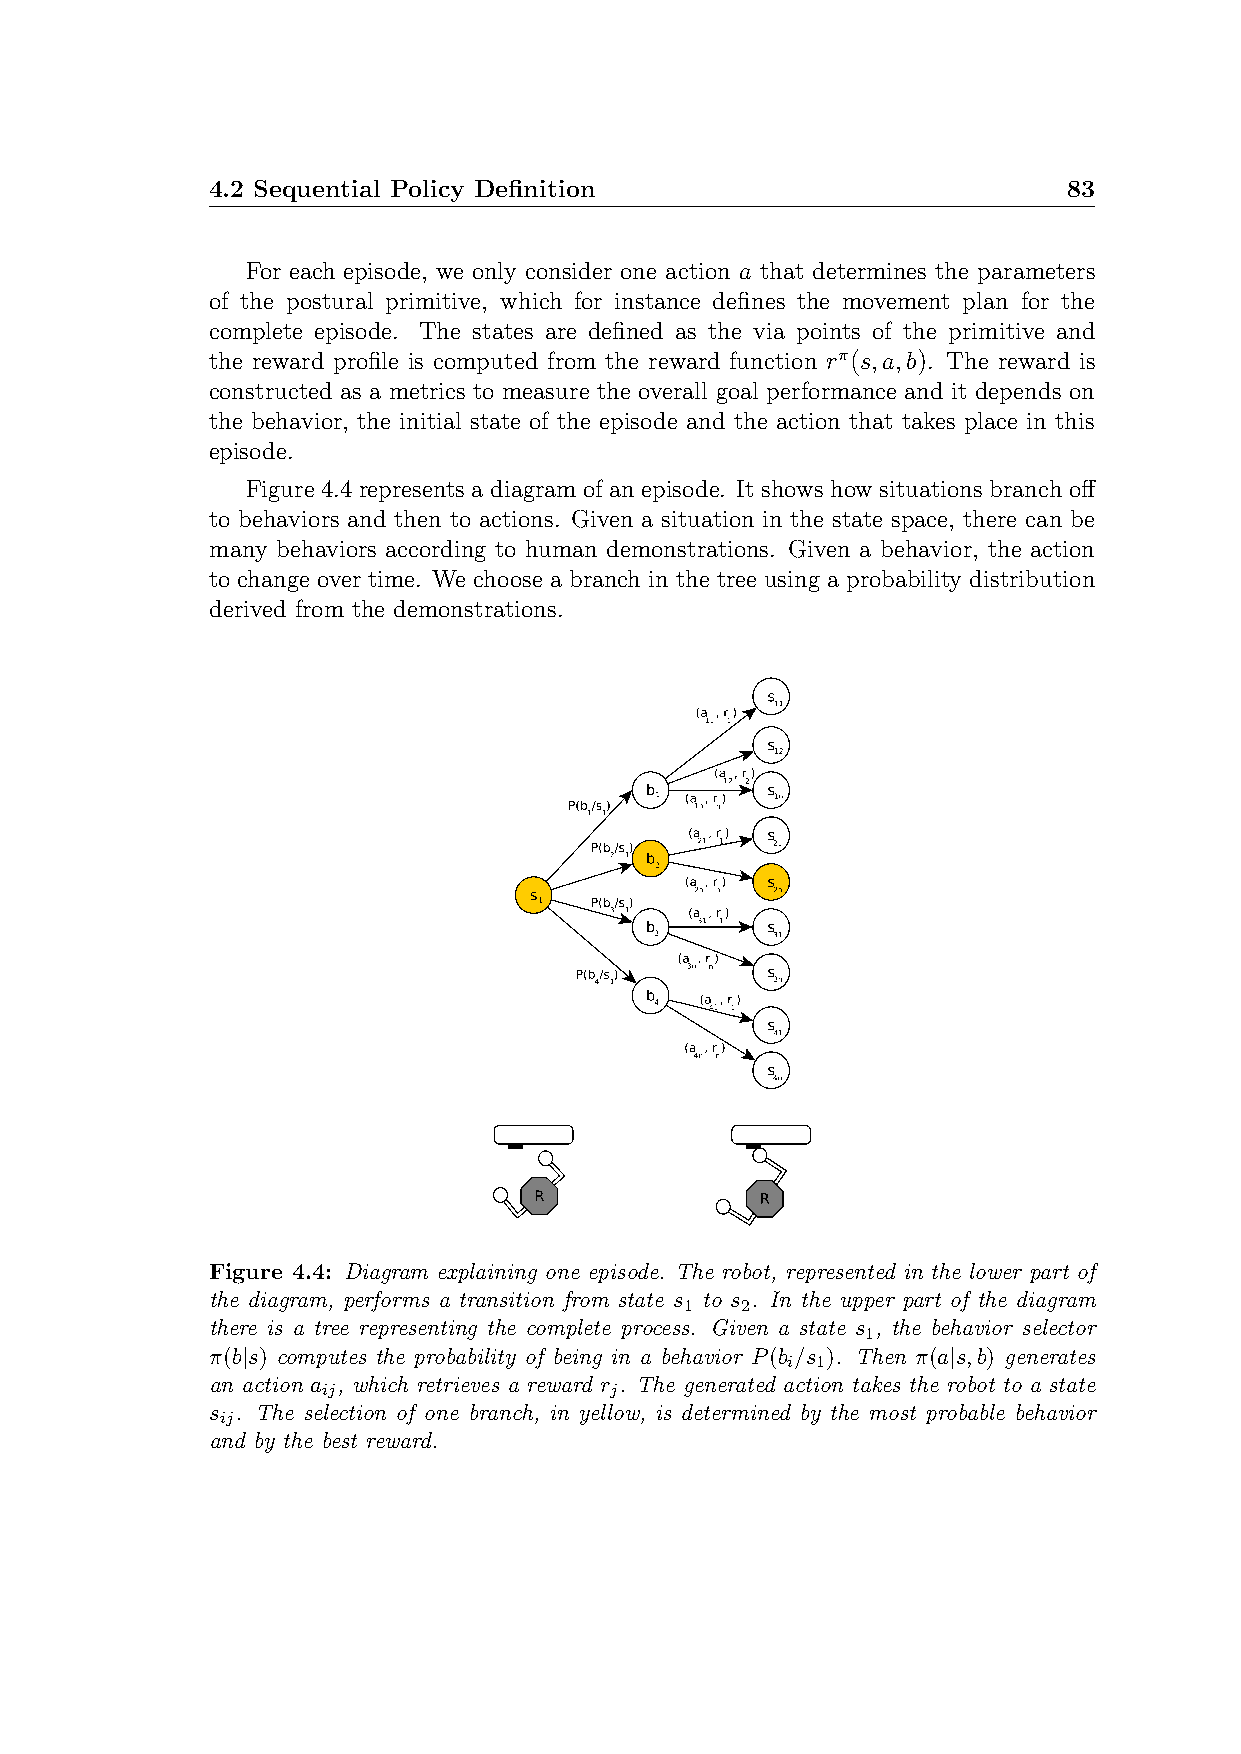
4.2 Sequential Policy Definition                         83
 For each episode, we only consider one action a that determines the parameters
 of the postural primitive, which for instance defines the movement plan for the
 complete episode. The states are defined as the via points of the primitive and
 the reward profile is computed from the reward function rπ(s,a,b). The reward is
 constructed as a metrics to measure the overall goal performance and it depends on
 the behavior, the initial state of the episode and the action that takes place in this
 episode.
 Figure 4.4 represents a diagram of an episode. It shows how situations branch off
 to behaviors and then to actions. Given a situation in the state space, there can be
 many behaviors according to human demonstrations. Given a behavior, the action
 to change over time. We choose a branch in the tree using a probability distribution
 derived from the demonstrations.
 Figure 4.4: Diagram explaining one episode. The robot, represented in the lower part of
 the diagram, performs a transition from state s to s . In the upper part of the diagram
 1   2
 there is a tree representing the complete process. Given a state s , the behavior selector
 1
 π(b|s) computes the probability of being in a behavior P(b /s ). Then π(a|s,b) generates
 i 1
 an action a , which retrieves a reward r . The generated action takes the robot to a state
 ij                 j
 s . The selection of one branch, in yellow, is determined by the most probable behavior
 ij
 and by the best reward.